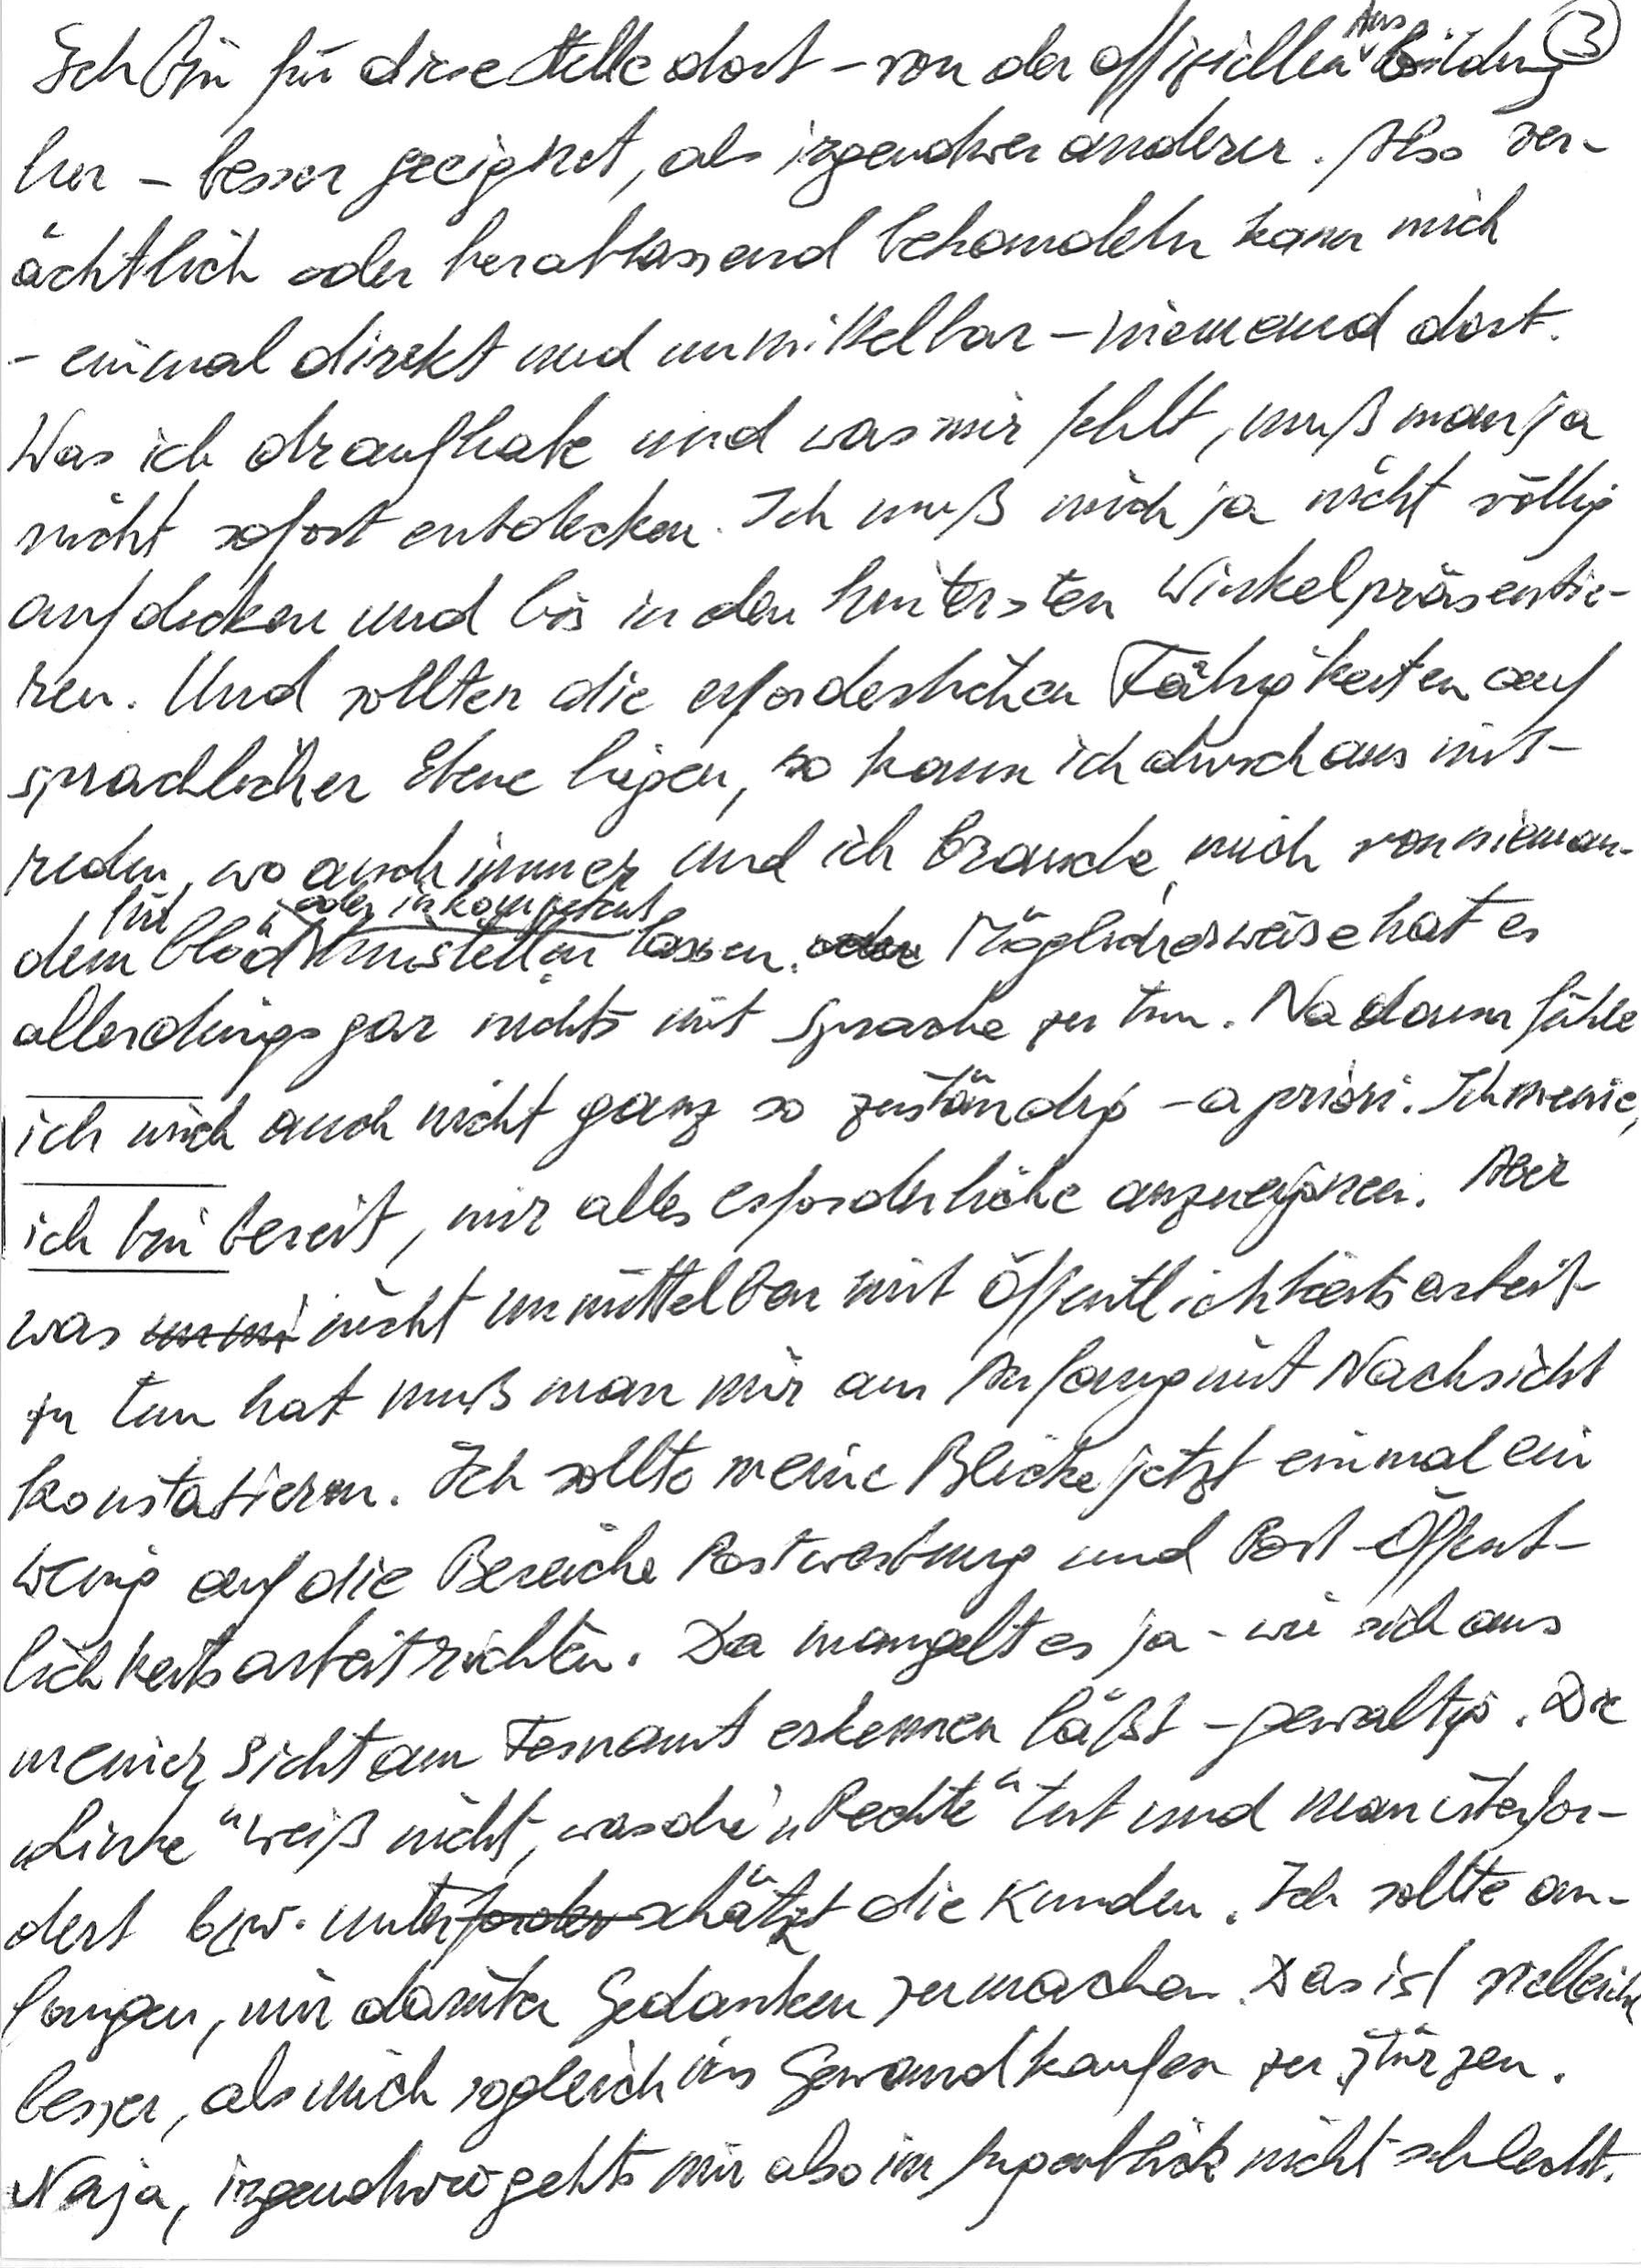
Ich bin für diese Stelle dort – von der offiziellen Ausbildung
her – besser geeignet, als irgendwer anderer. Also ver-
ächtlich oder herablassend behandeln kann mich
– einmal direkt und unmittelbar – niemand dort.
Was ich draufhabe und was mir fehlt, muß man ja
nicht sofort entdecken. Ich muß mich ja nicht völlig
aufdecken und bis in den hintersten Winkel präsentie-
ren. Und sollten die erforderlichen Fähigkeiten auf
sprachlicher Ebene liegen, so kann ich durchaus mit-
reden, wo auch immer, und ich brauche mich von nieman-
dem für blöd oder inkompetent hinstellen lassen. Möglicherweise hat es
allerdings gar nichts mit Sprache zu tun. Na dann fühle
ich mich auch nicht ganz so zuständig – a priori. Ich meine,
ich bin bereit, mir alles Erforderliche anzueignen. Aber
was nicht unmittelbar mit Öffentlichkeitsarbeit
zu tun hat muß man mir am Anfang mit Nachsicht
konstatieren. Ich sollte meine Blicke jetzt einmal ein
wenig auf die Bereiche Postwerbung und Post-Öffent-
lichkeitsarbeit richten. Da mangelt es ja – wie sich aus
meiner Sicht im Fernamt erkennen läßt – gewaltig. Die
„Linke“ weiß nicht, was die „Rechte“ tut und man überfor-
dert bzw. unterschätzt die Kunden. Ich sollte an-
fangen, mir darüber Gedanken zu machen. Das ist vielleicht
besser, als mich sogleich ins Gewandkaufen zu stürzen.
Naja, irgendwo gehts mir also im Augenblick nicht schlecht.